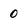
Character: 0